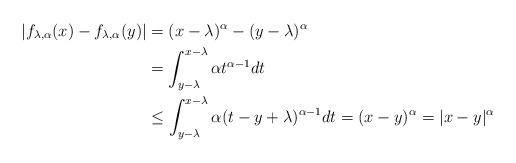
LaTeX: \begin{align*}|f_{\lambda,\alpha}(x)-f_{\lambda,\alpha}(y)| & =(x-\lambda)^{\alpha}-(y-\lambda)^{\alpha}\\& =\int_{y-\lambda}^{x-\lambda}\alpha t^{\alpha-1}dt\\& \leq\int_{y-\lambda}^{x-\lambda}\alpha(t-y+\lambda)^{\alpha-1}dt=(x-y)^{\alpha}=|x-y|^{\alpha}\end{align*}